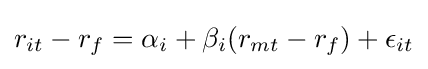
r_{it}-r_{f}=\alpha _{i}+\beta _{i}(r_{mt}-r_{f})+\epsilon _{it}